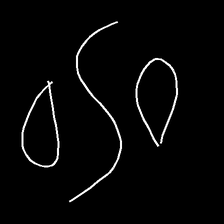
Glyph: water